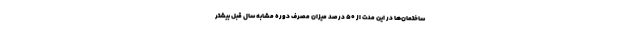
ساختمان‌ها در این مدت از ۵۰ درصد میزان مصرف دوره مشابه سال قبل بیشتر